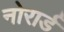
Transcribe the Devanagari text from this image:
नोरार्ड